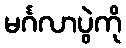
မင်္ဂလာပွဲကို